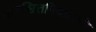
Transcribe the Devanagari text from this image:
प्रायश्चित्तनिवारिणी